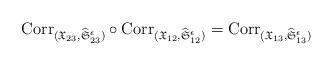
LaTeX: \begin{align*}{\rm Corr}_{(\frak X_{23},\widehat{\frak S}_{23}^{\epsilon})}\circ {\rm Corr}_{(\frak X_{12},\widehat{\frak S}_{12}^{\epsilon})}={\rm Corr}_{(\frak X_{13},\widehat{\frak S}_{13}^{\epsilon})}\end{align*}